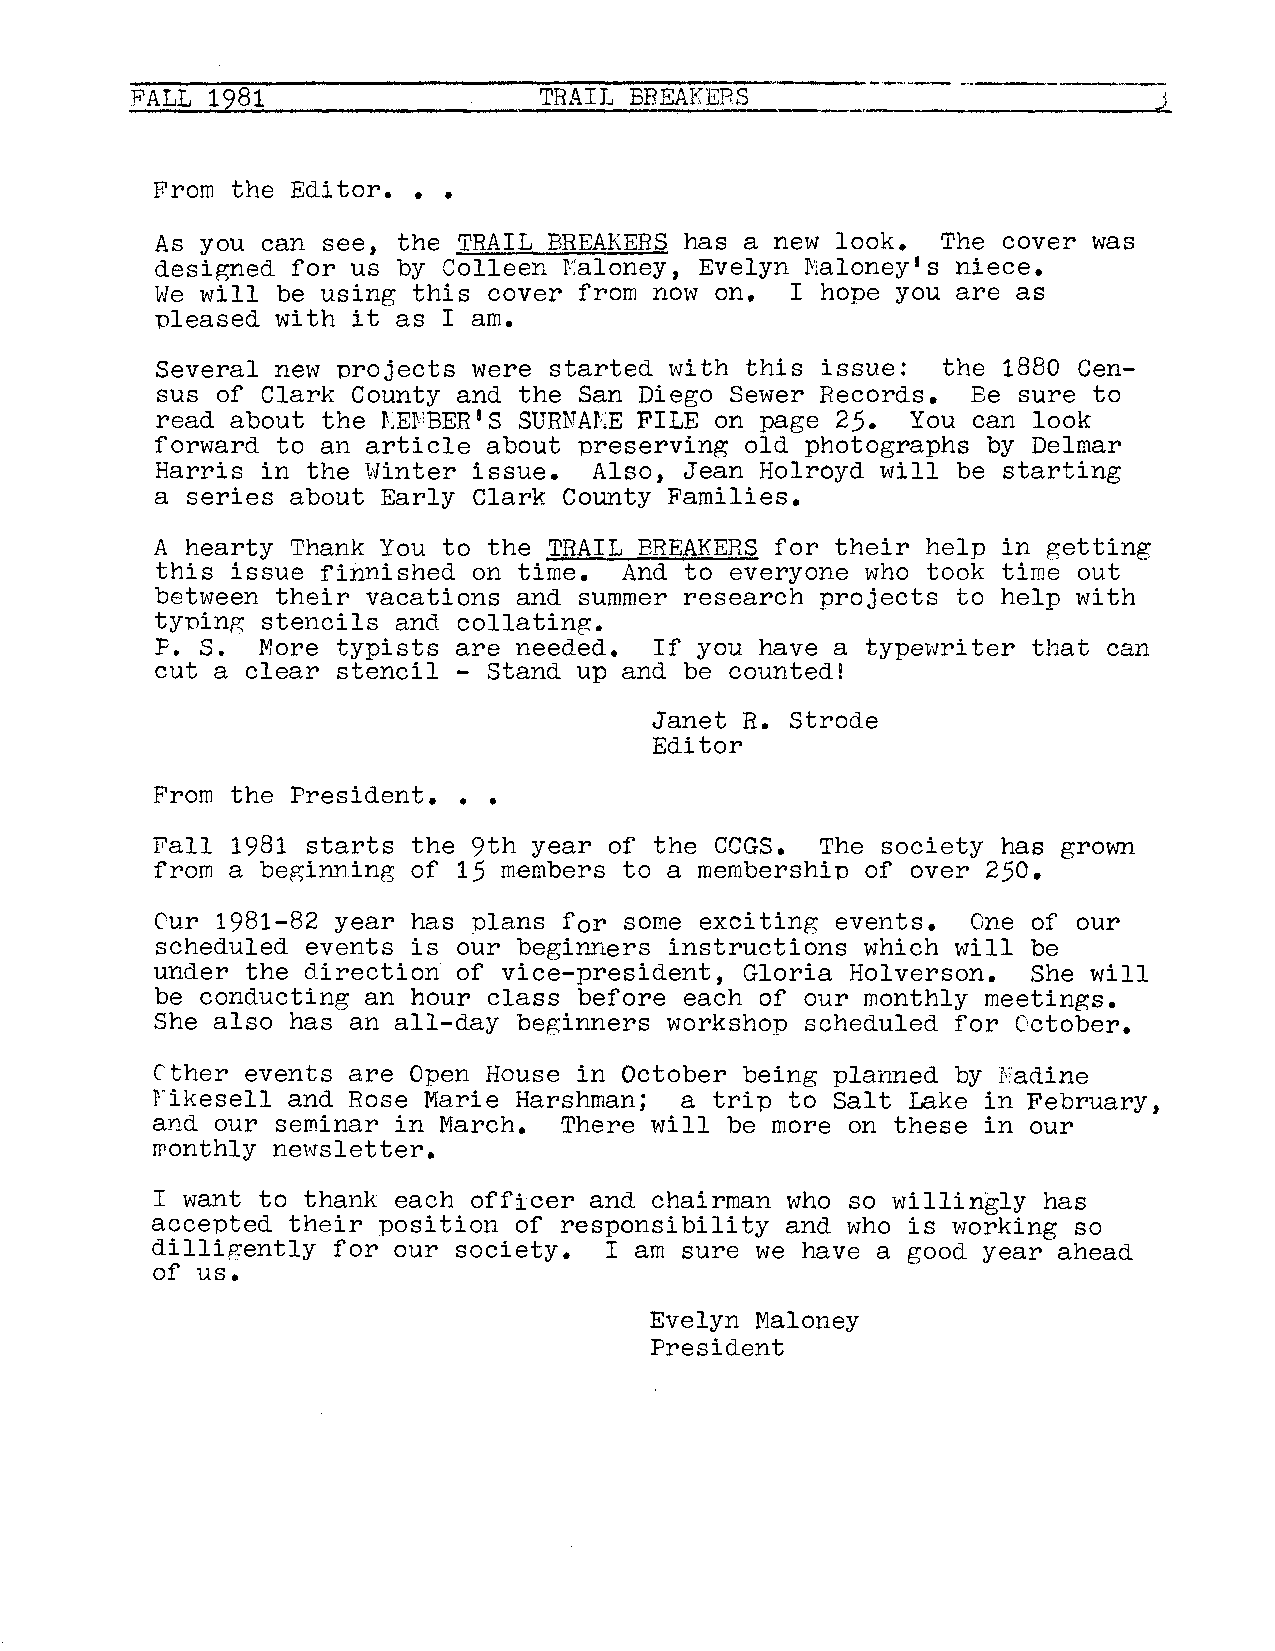
--------------------------·----·-•··--
 -··------·--
 FALL 1981                  TRAIL BBEAKEP.S                          1
 From the Editor •••
 As you can see, the TRAIL BREAKERS has a new look.  The cover was
 designed for us by Colleen l\''.aloney, Evelyn IVialoney I s niece.
 We will be using this cover from now on.  I hope you are as
 pleased with it as I am.
 Several new projects were started with this issue:  the 1880 Cen
 sus of Clark County and the San Diego Sewer Records.  Be sure to
 read about the r,Er'BER1 S SURNALE FILE on page 25. You can look
 forward to an article about preserving old photographs by Delmar
 Harris in the Winter issue.  Also, Jean Holroyd will be starting
 a series about Early Clark County Families.
 A hearty Thank You to the TRAIL BREAKERS for their help in getting
 this issue finnished on time.  And to everyone who took time out
 between their vacations and summer research projects to help with
 tyning stencils and collating.
 P. S.  More typists are needed.  If you have a typewriter that can
 cut a clear stencil - Stand up and be counted!
 Janet R. Strode
 Editor
 From the President •••
 Fall 1981 starts the 9th year of the CCGS.  The society has grown
 from a beginning of 15 members to a membership of over 250.
 Cur 1981-82 year has plans for some exciting events.  One of our
 scheduled events is our beginners instructions which will be
 under the direction of vice-president, Gloria Holverson.  She will
 be conducting an hour class before each of our monthly meetings.
 She also has an all-day beginners workshop scheduled for October.
 Cther events are Open House in October being planned by :r,;adine
 rikesell and Rose Marie Harshman;  a trip to Salt Lake in February,
 and our seminar in March.  There will be more on these in our
 wonthly newsletter.
 I want to thank each officer and chairman who so willingly has
 accepted their position of responsibility and who is working so
 dilligently for our society.  I am sure we have a good year ahead
 of us.
 Evelyn Maloney
 President